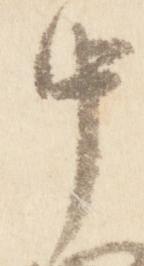
中